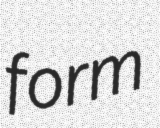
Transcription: form